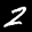
Label: 2